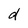
Character: d